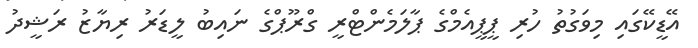
އޭޑީކޭގައި މިވަގުތު ހުރި ޕީޕީއެމްގެ ޕާލަމެންޓްރީ ގްރޫޕްގެ ނައިބުު ލީޑަރު ރިޔާޒު ރަޝީދު